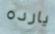
يارده